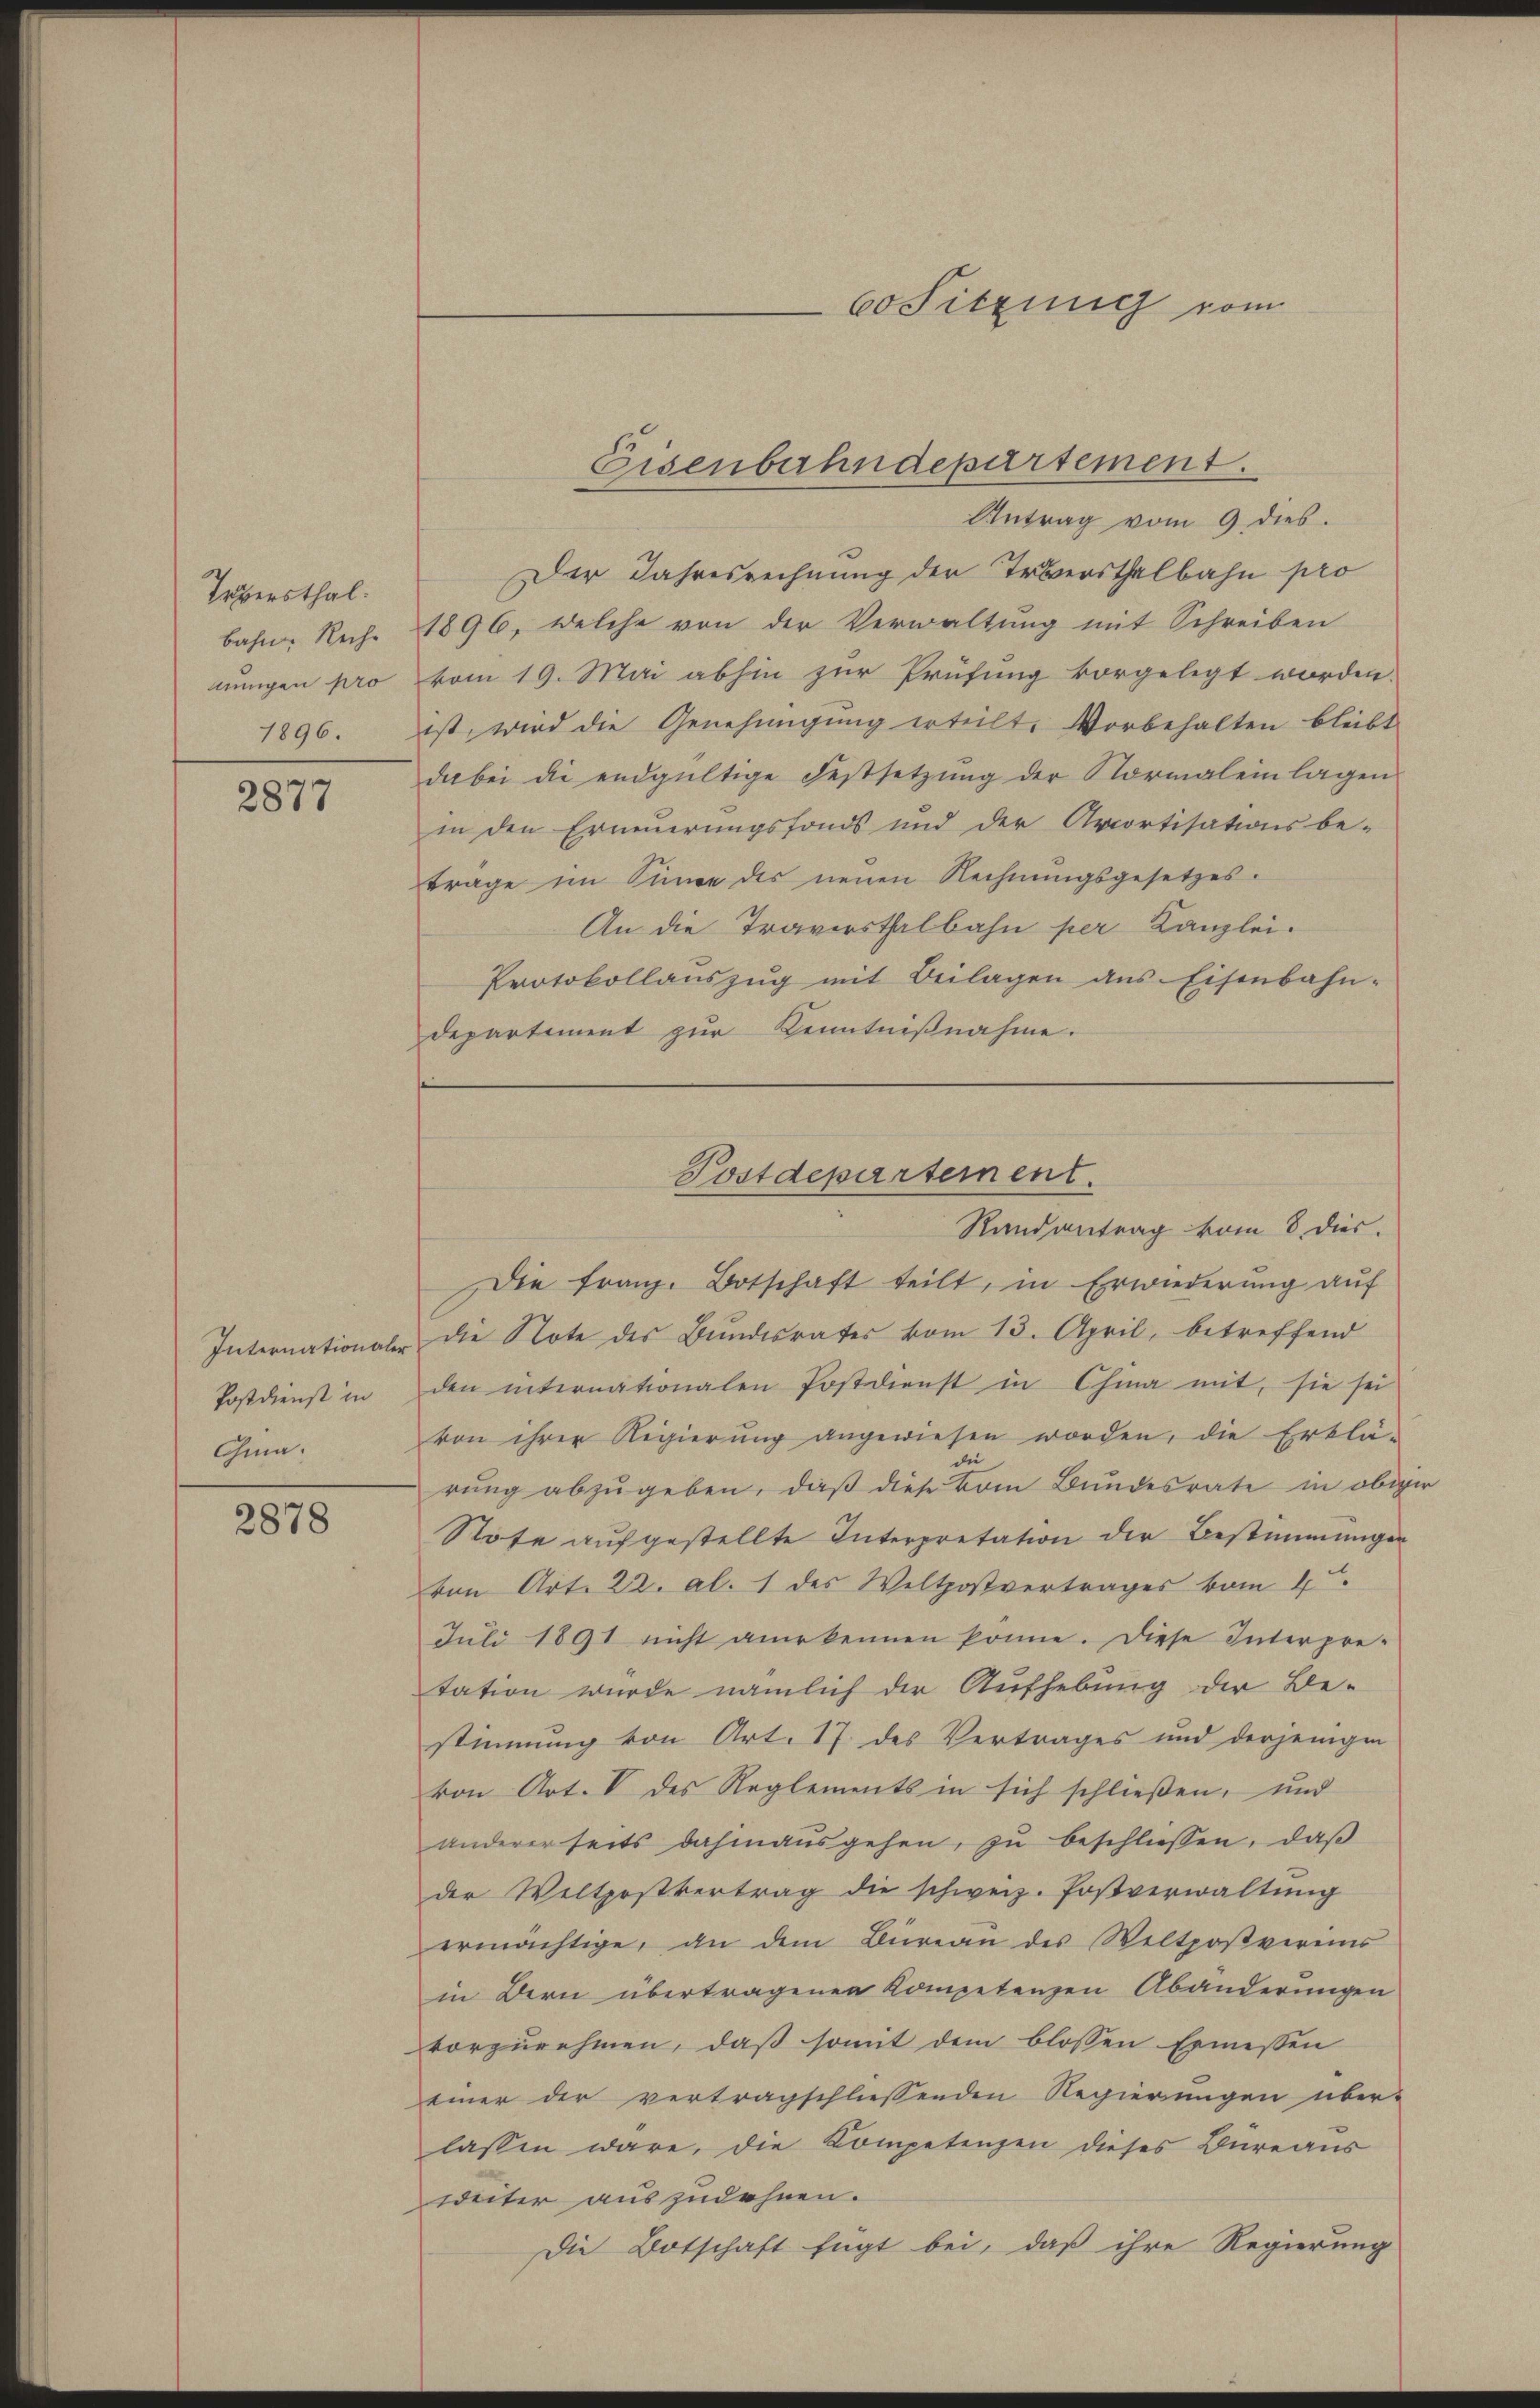
Teversthal
bahn. Rech
nngen pro
1896.

2877

Internationalen
Postdienst in
Gma.

2878

Antrag vom 9 dies.
Der Jahresrechnung der Truersthalbahn pro
1896, welche von der Verwaltung mit Schreiben
vom 19. Mai abhin zur Prüfung vorgelegt worden.
ist, wird die Genehmigung erteilt. Vorbehalten bleibt
dabei die endgültige Festsetzŭng der Normaleinlagen
in den Erneuerungsfonds und der Arcortisationsbe-
trage im Sinne des neuen Rechnungsgesetzes.
An die Travirsthalbahn per Kanzlei.
Protokollanszŭg mit Beilagen ans Eisenbahn-
departiment zur Kenntnißnahme.
Die franz. Botschaft teilt, in Erwiederung auf
Die Note des Bundesrates vom 13. April, betreffend
den internationalen Postdienst in Chia mit, sie sei
von ihrer Regierung angewiesen worden, die Erklä-
rung abzugeben, daß diese vom Bundesrate in obiger
Rtofe aufgestellte Interpretation der Bestimmungen
von Art. 22. Al. 1 des Weltpostvertrages vom 4.
Juli 1891 nicht anerkennen könne. Diese Interpre-
tation wurde nämlich der Aufhebung der Be-
stimmung von Art. 17. des Vertrages und derjenigen
von Art. V des Reglements in sich schlieβen, und
andererseits dahinausgehen, zu beschliessen, daß
der Weltzostvertrag die schweiz. Postverwaltung
ermächtige, an dem Büreau des Weltpoβvereins
in Bern übertragenen Kompetenzen Abänderungen
vorzunehmen, daß somit dem blossen Ermessen
einer der vertragschliessenden Regierungen über-
lassen wäre, die Kompetenzen dieses Bureaus
weiter auszudehnen.
Die Botschaft fügt bei, daß ihre Regierung

Eisenbahndepartement.

6o Sitzung vom

Postdepartement.
Randantrag vom 8. dies.